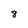
Character: 8